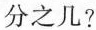
分之几？